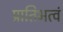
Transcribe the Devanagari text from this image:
प्रातिभत्वं